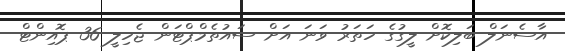
އާސެނަލް ބަލިކޮށް ލީގުގެ ހަތަރު ވަަނަ އަށް ސައުތެމްޕްޓަން ޖެހިލީ 36 ޕޮއިންޓް